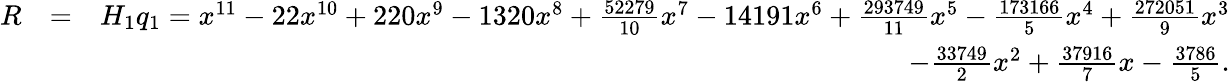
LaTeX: \begin{array}{rlr}{R}&{=}&{H_{1}q_{1}=x^{11}-22x^{10}+220x^{9}-1320x^{8}+\frac{52279}{10}x^{7}-14191x^{6}+\frac{293749}{11}x^{5}-\frac{173166}{5}x^{4}+\frac{272051}{9}x^{3}}\\ &{}&{-\frac{33749}{2}x^{2}+\frac{37916}{7}x-\frac{3786}{5}.}\end{array}